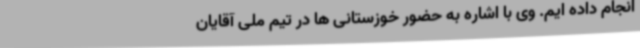
انجام داده ایم. وی با اشاره به حضور خوزستانی ها در تیم ملی آقایان